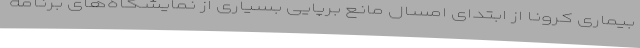
بیماری کرونا از ابتدای امسال مانع برپایی بسیاری از نمایشگاه‌های برنامه